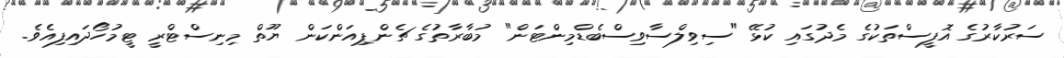
ސަރުކާރުގެ އޮފީސްތަކުގެ މެދުގައި ކުޅޭ "ސިވިލްސާވިސްބެޑްމިންޓަން" މުބާރާތުގެ ޗެންޕިއަންކަން ޔޫތް މިނިސްޓްރީ ޓީމުހޯދައިފިއެެވެ.